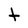
Character: t